65_HS1-834228961_62-HQ-83894_Serial_220
Agency: FBI
Page 15
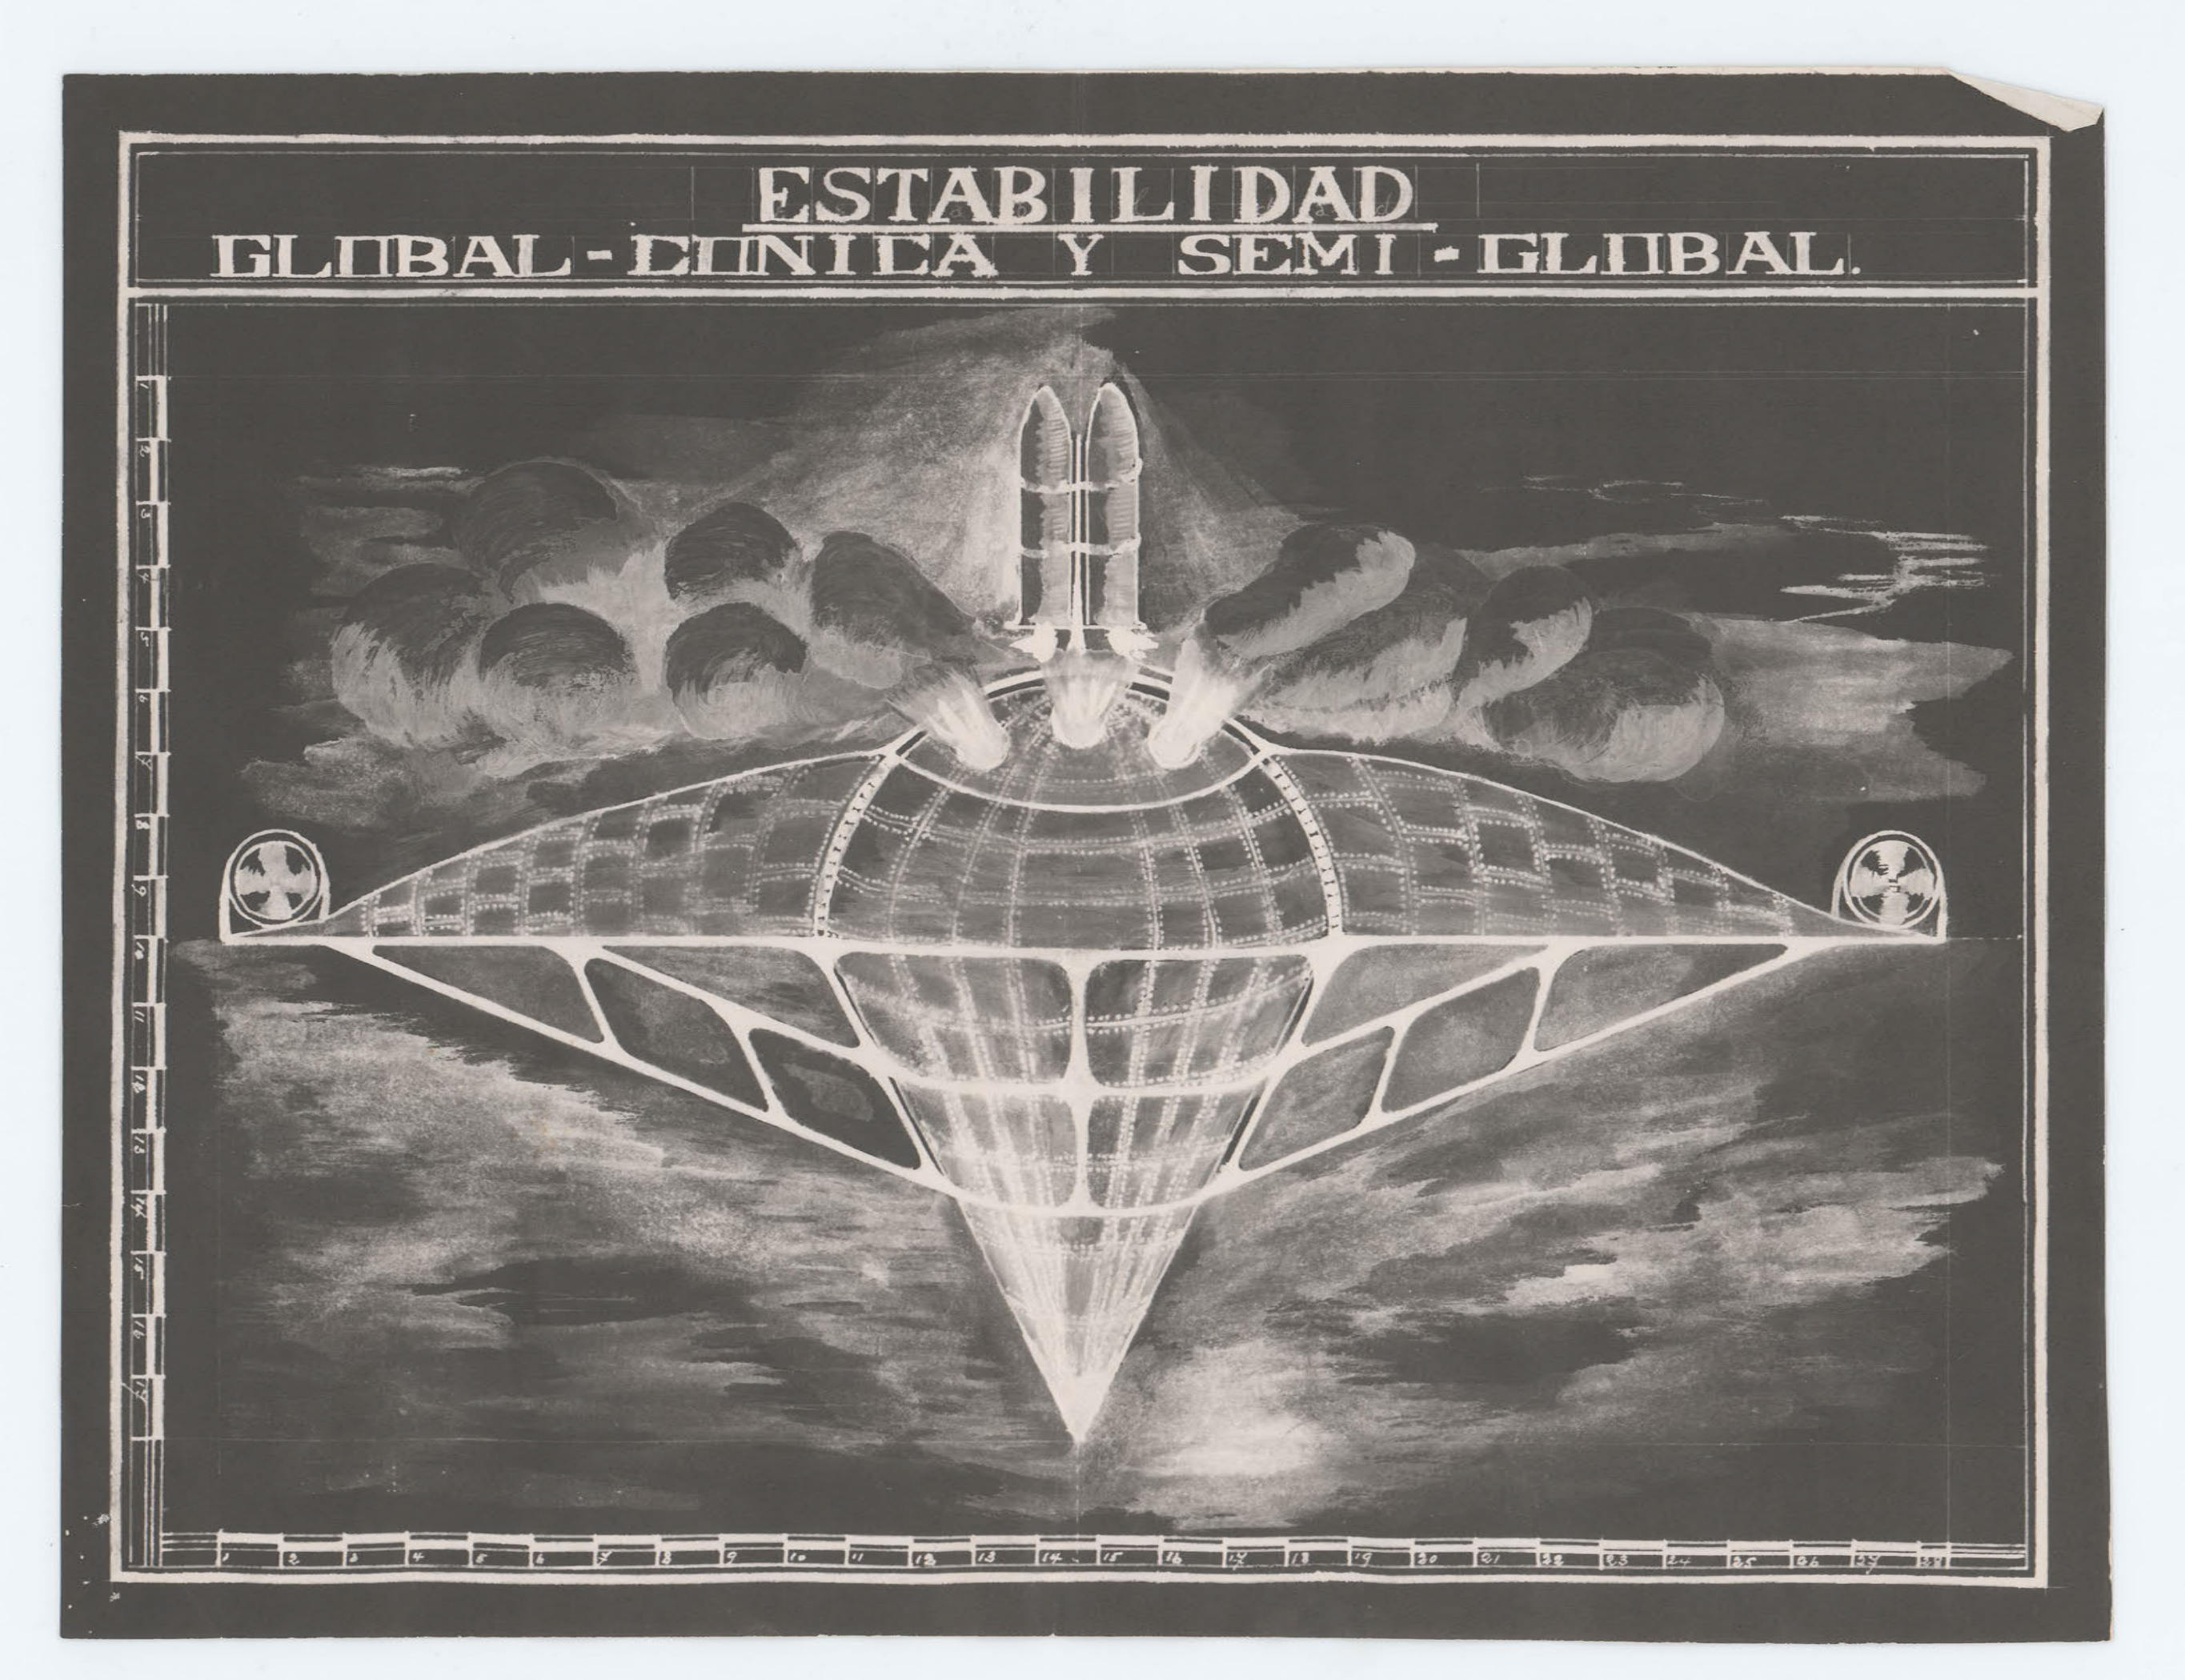